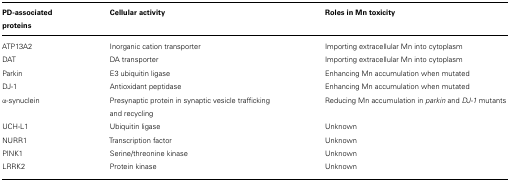
<table><thead><tr><td><b>PD-associated proteins</b></td><td><b>Cellular activity</b></td><td><b>Roles in Mn toxicity</b></td></tr></thead><tbody><tr><td>ATP13A2</td><td>Inorganic cation transporter</td><td>Importing extracellular Mn into cytoplasm</td></tr><tr><td>DAT</td><td>DA transporter</td><td>Importing extracellular Mn into cytoplasm</td></tr><tr><td>Parkin</td><td>E3 ubiquitin ligase</td><td>Enhancing Mn accumulation when mutated</td></tr><tr><td>DJ-1</td><td>Antioxidant peptidase</td><td>Enhancing Mn accumulation when mutated</td></tr><tr><td>α-synuclein</td><td>Presynaptic protein in synaptic vesicle trafficking and recycling</td><td>Reducing Mn accumulation in <i>parkin</i> and <i>DJ-1</i> mutants</td></tr><tr><td>UCH-L1</td><td>Ubiquitin ligase</td><td>Unknown</td></tr><tr><td>NURR1</td><td>Transcription factor</td><td>Unknown</td></tr><tr><td>PINK1</td><td>Serine/threonine kinase</td><td>Unknown</td></tr><tr><td>LRRK2</td><td>Protein kinase</td><td>Unknown</td></tr></tbody></table>